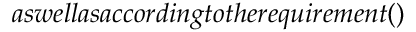
a s w e l l a s a c c o r d i n g t o t h e r e q u i r e m e n t ( )